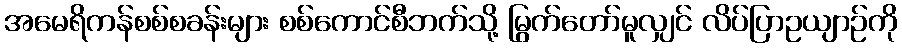
အမေရိကန်စစ်စခန်းများ စစ်ကောင်စီဘက်သို့ မြွက်တော်မူလျှင် လိပ်ပြာဥယျာဉ်ကို